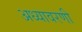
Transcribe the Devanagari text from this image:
अध्यावरणी